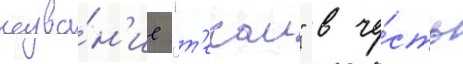
назва́н'ие "т'екаи" в че́сть